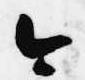
今